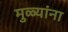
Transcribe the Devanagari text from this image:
मुळ्यांना